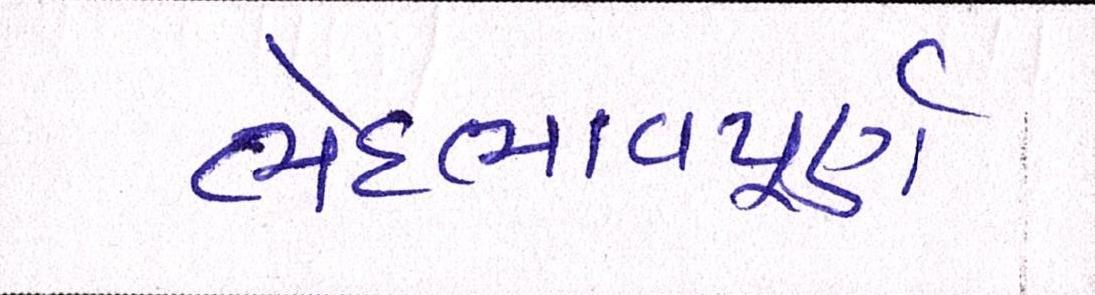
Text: ભેદભાવપૂર્ણ